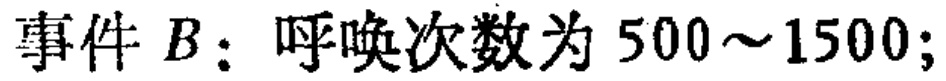
事件 \(B\)：呼唤次数为 \(500\sim1500\)；